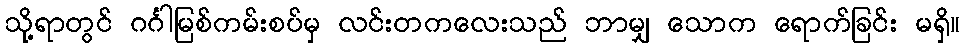
သို့ရာတွင် ဂင်္ဂါမြစ်ကမ်းစပ်မှ လင်းတကလေးသည် ဘာမျှ သောက ရောက်ခြင်း မရှိ။